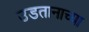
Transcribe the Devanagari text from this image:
उडतानाच्या